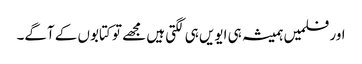
اور فلمیں ہمیشہ ہی ایویں ہی لگتی ہیں مجھے تو کتابوں کے آگے۔